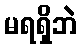
မရရှိဘဲ